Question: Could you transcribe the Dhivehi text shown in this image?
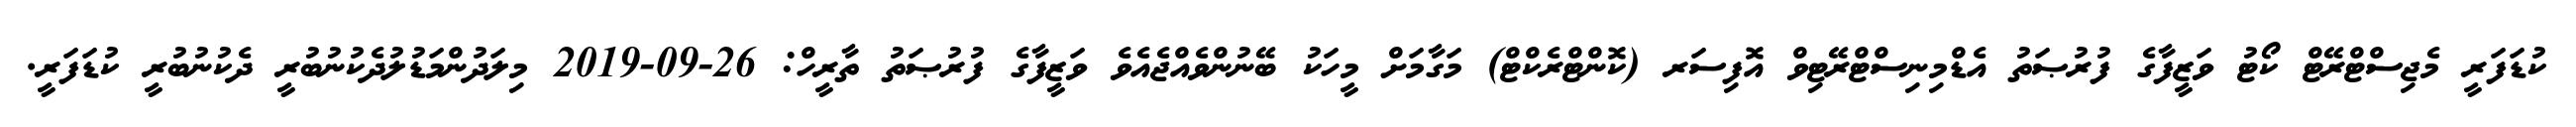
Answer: ކުޑަފަރީ މެޖިސްޓްރޭޓް ކޯޓު ވަޒީފާގެ ފުރުޞަތު އެޑްމިނިސްޓްރޭޓިވް އޮފިސަރ (ކޮންޓްރެކްޓް) މަގާމަށް މީހަކު ބޭނުންވެއްޖެއެވެ ވަޒީފާގެ ފުރުޞަތު ތާރީހް: 26-09-2019 މިލަދުންމަޑުލުދެކުނުބުރީ ދެކުނުބުރީ ކުޑަފަރީ.